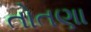
તોતણા